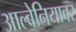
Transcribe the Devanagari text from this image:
आल्बेनियावर